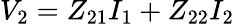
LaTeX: V_{2}=Z_{21}I_{1}+Z_{22}I_{2}